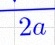
2a